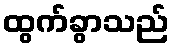
ထွက်ခွာသည်